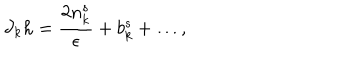
\partial _ { k } h = \frac { 2 n _ { k } ^ { s } } { \epsilon } + b _ { k } ^ { s } + \dots ,